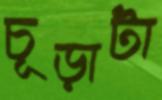
চূড়াটা